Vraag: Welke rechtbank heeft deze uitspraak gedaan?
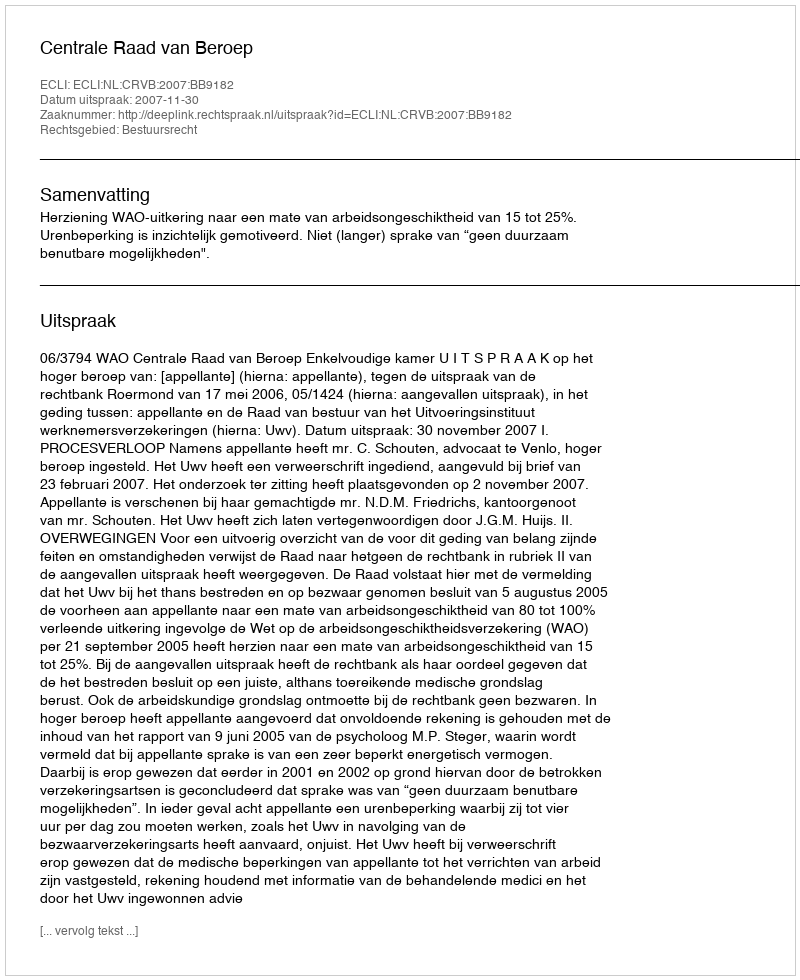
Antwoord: Centrale Raad van Beroep